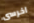
اخرسى